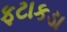
ફટાકડા